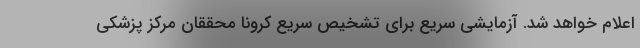
اعلام خواهد شد. آزمایشی سریع برای تشخیص سریع کرونا محققان مرکز پزشکی